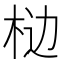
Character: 𰗥